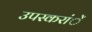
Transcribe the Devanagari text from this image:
उपस्करांें